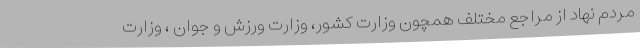
مردم نهاد از مراجع مختلف همچون وزارت کشور، وزارت ورزش و جوان ، وزارت